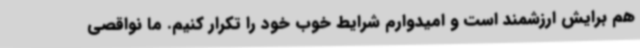
هم برایش ارزشمند است و امیدوارم شرایط خوب خود را تکرار کنیم. ما نواقصی